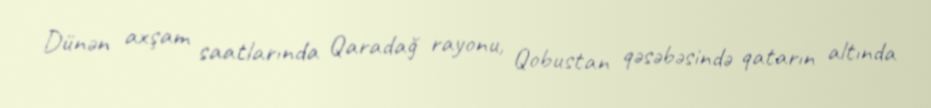
Dünən axşam saatlarında Qaradağ rayonu, Qobustan qəsəbəsində qatarın altında